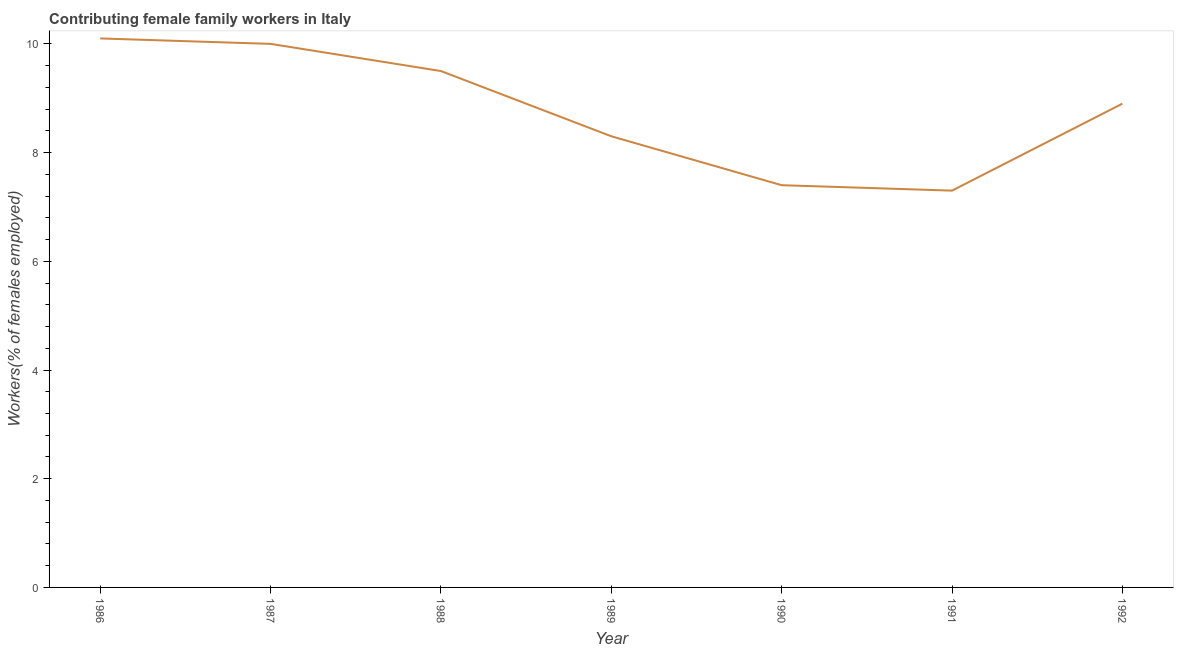
| Year | Contributing family workers |
 | --- | --- |
 | 1986 | 10.1 |
 | 1987 | 10 |
 | 1988 | 9.5 |
 | 1989 | 8.3 |
 | 1990 | 7.4 |
 | 1991 | 7.3 |
 | 1992 | 8.9 |